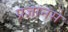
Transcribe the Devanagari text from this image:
प्रज्ञानसे